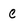
Character: c